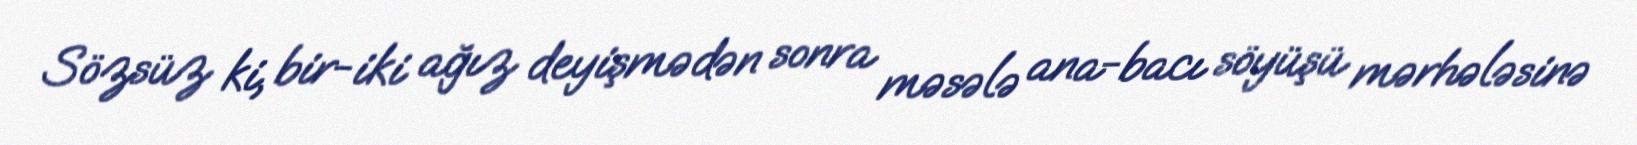
Sözsüz ki, bir-iki ağız deyişmədən sonra məsələ ana-bacı söyüşü mərhələsinə